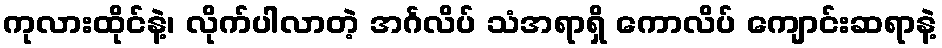
ကုလားထိုင်နဲ့၊ လိုက်ပါလာတဲ့ အင်္ဂလိပ် သံအရာရှိ ကောလိပ် ကျောင်းဆရာနဲ့